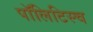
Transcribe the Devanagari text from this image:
पॉलिटिस्च